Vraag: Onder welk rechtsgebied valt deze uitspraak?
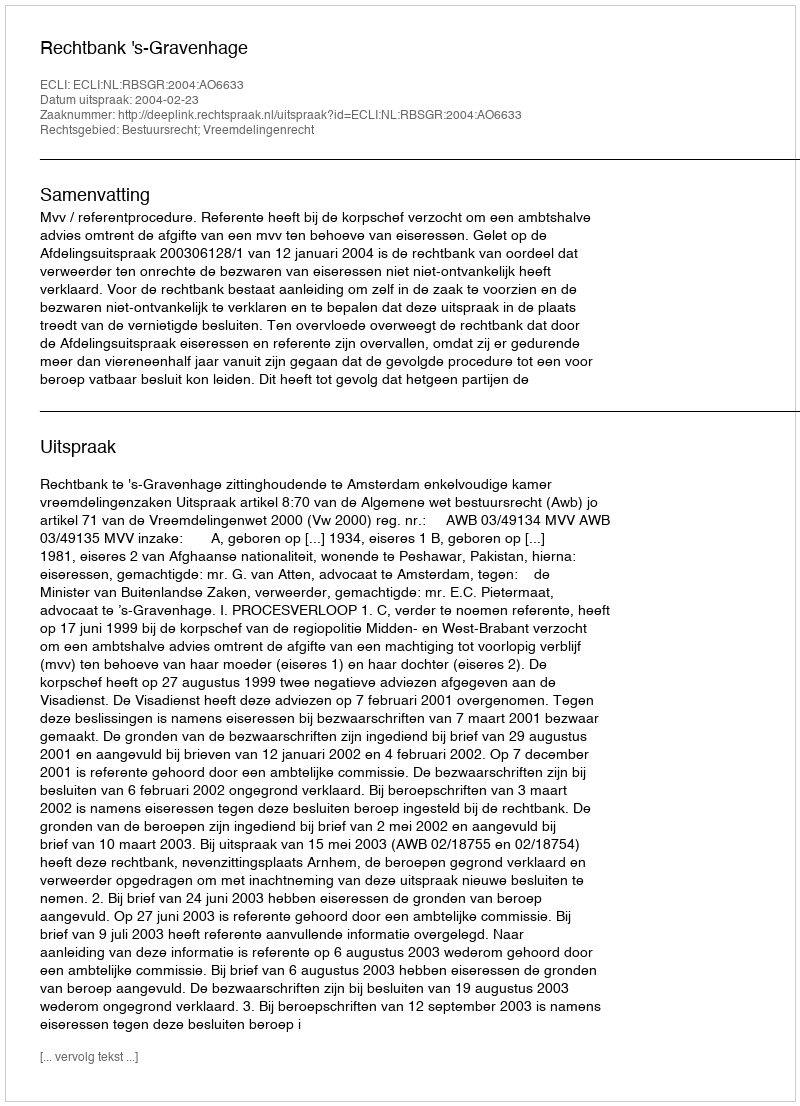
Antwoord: Bestuursrecht; Vreemdelingenrecht